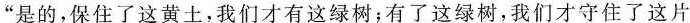
“是的，保住了这黄土，我们才有这绿树；有了这绿树，我们才守住了这片